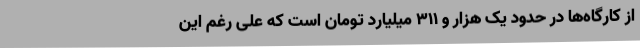
از کارگاه‌ها در حدود یک هزار و 311 میلیارد تومان است که علی رغم این